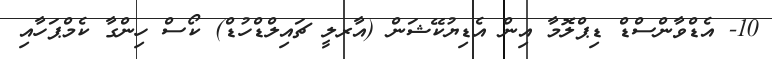
10- އެޑްވާންސްޑް ޑިޕްލޮމާ އިން އެޑިޔުކޭޝަން (އާރލީ ޗައިލްޑްހުޑް) ކޯސް ހިންގާ ކެމްޕަހާއި